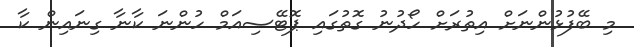
މި ބޭފުޅުންނަށް އިތުރަށް ހޯދުނު ގޮތުގައި ޕޮޓޭސިއަމް ހުންނަ ކާނާ ގިނައިން ކާ